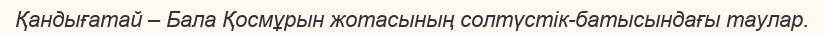
Қандығатай – Бала Қосмұрын жотасының солтүстік-батысындағы таулар.